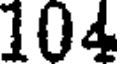
104